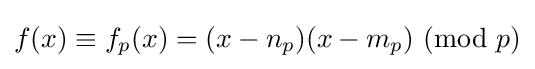
f(x)\equiv f_{p}(x)=(x-n_{p})(x-m_{p}){\text{ }}({\text{mod }}p)